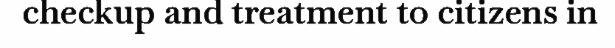
checkup and treatment to citizens in